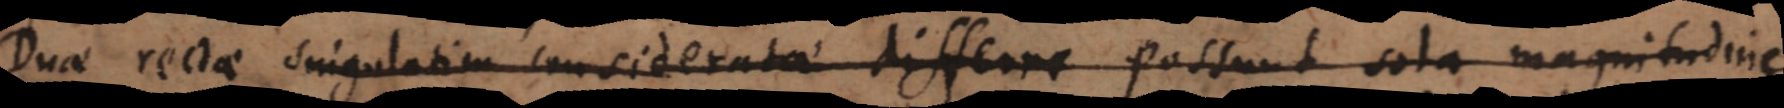
Duae rectae singulatim consideratae differre possunt sola magnitudine